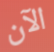
الآن